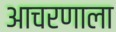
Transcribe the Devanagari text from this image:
आचरणाला